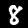
Label: 8